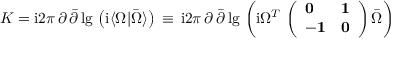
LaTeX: K = { \o \mathrm { i } { 2 \pi } } \, \partial \, { \bar { \partial } } \, \mathrm { l g } \, \left( \mathrm { i } \langle \Omega \vert { \bar { \Omega } } \rangle \right) \, \equiv \, { \o \mathrm { i } { 2 \pi } } \, \partial \, { \bar { \partial } } \, \mathrm { l g } \, \left( \mathrm { i } \Omega ^ { T } \, \left( \begin{array} { l l } { { { \bf 0 } } } & { { { \bf 1 } } } \\ { { - { \bf 1 } } } & { { { \bf 0 } } } \end{array} \right) { \bar { \Omega } } \right)